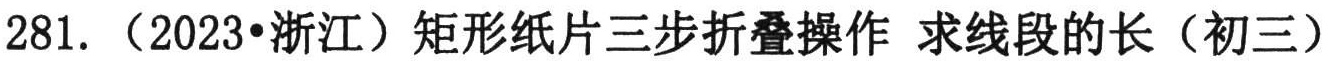
281. （2023•浙江）矩形纸片三步折叠操作 求线段的长（初三）